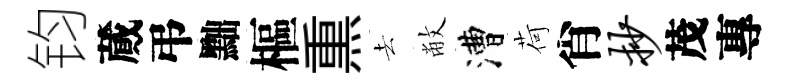
钧蕆弔黜樞𤋱去敝漕荷肖抄茂專